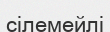
сілемейлі